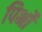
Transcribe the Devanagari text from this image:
पिर्भो